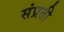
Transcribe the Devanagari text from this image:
संप्रती